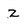
Character: z